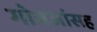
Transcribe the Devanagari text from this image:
गोत्रजांसह